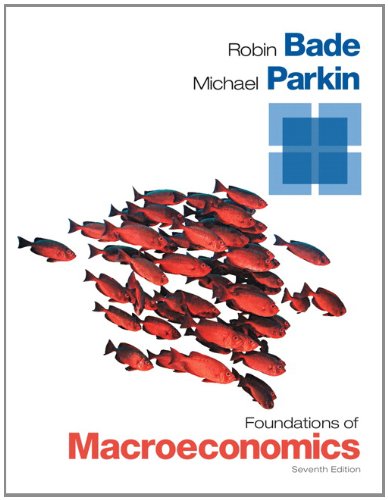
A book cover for Foundations of Macroeconomics (7th Edition) (The Pearson Series in Economics); Robin Bade; Business & Money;